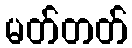
မတ်တတ်